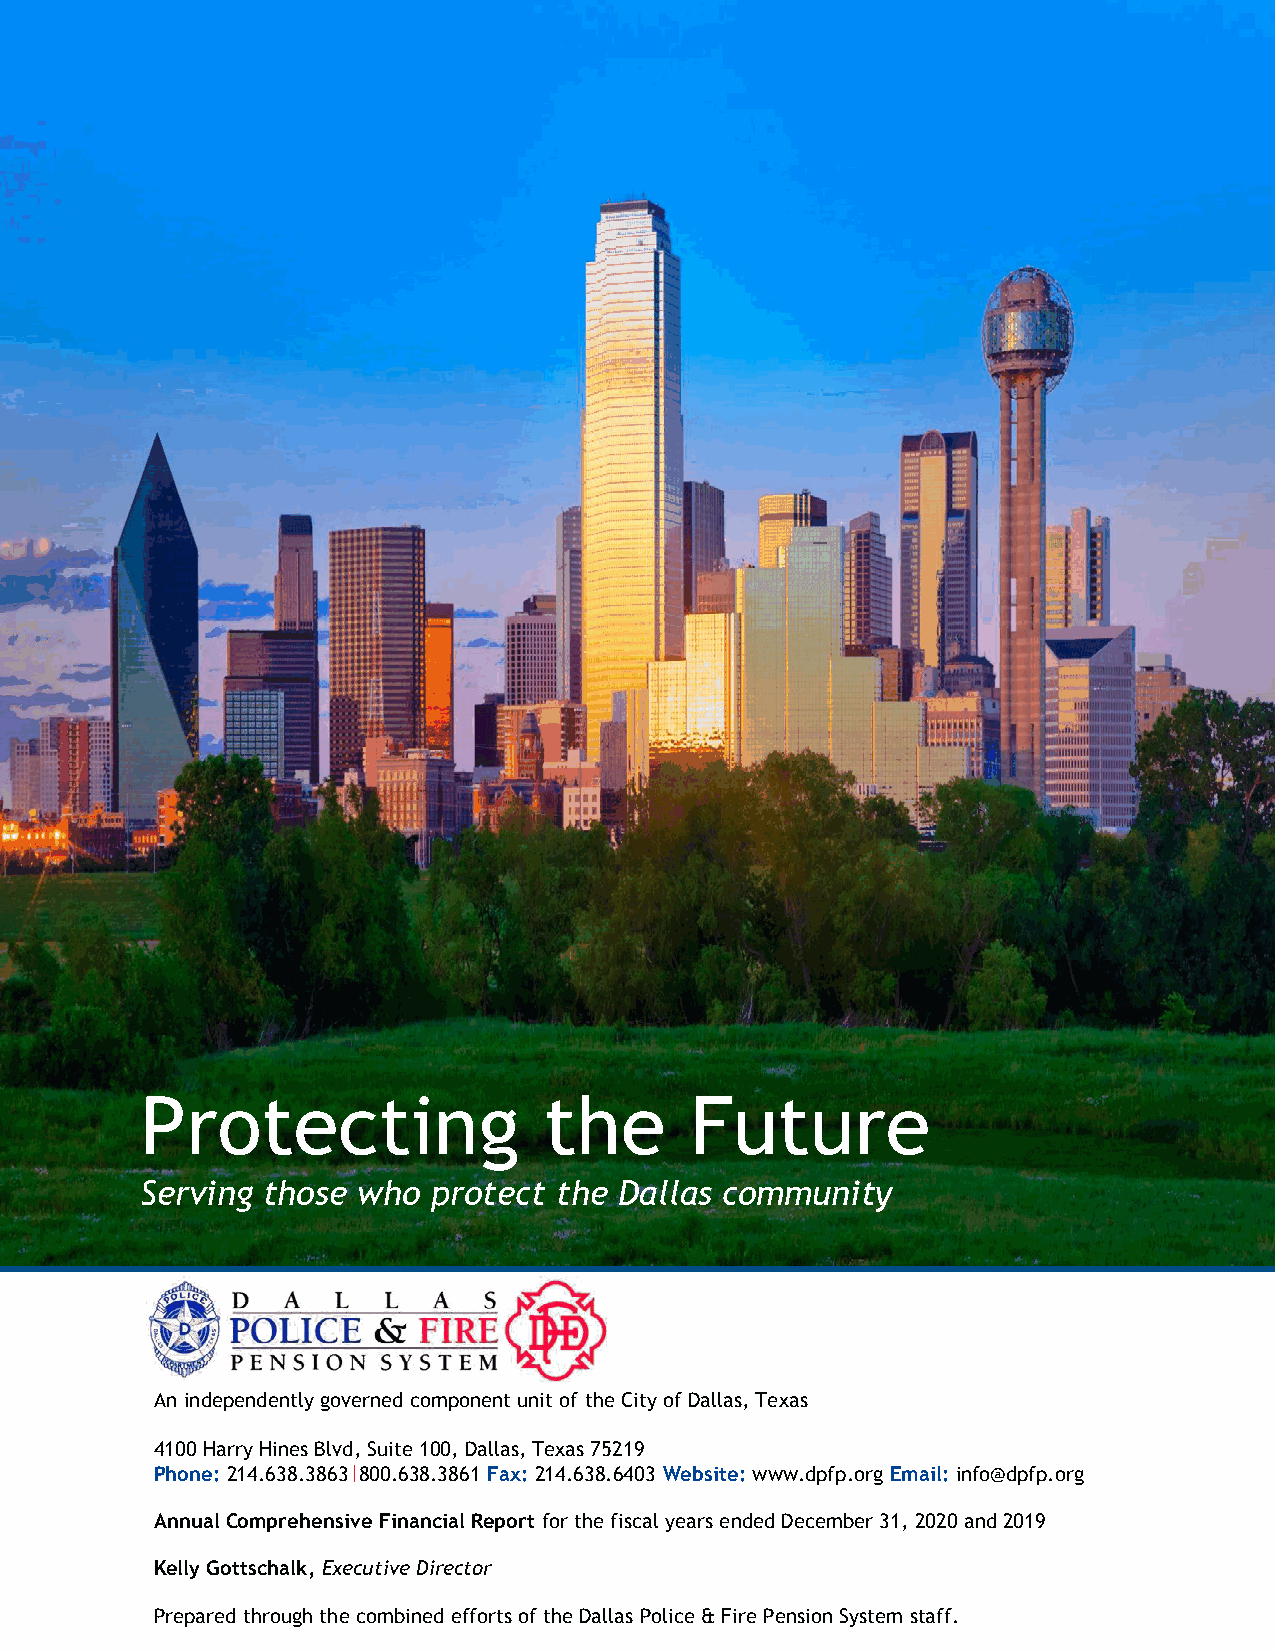
DALLAS POLICE & FIRE PENSION SYSTEM
 DALLAS POLICE & FIRE PENSION SYSTEM
 Protecting                 the       Future
 Serving those  who  protect the Dallas community
 An independently governed component unit of the City of Dallas, Texas
 4100 Harry Hines Blvd, Suite 100, Dallas, Texas 75219
 Phone: 214.638.3863|800.638.3861 Fax: 214.638.6403 Website: www.dpfp.org Email: info@dpfp.org
 Annual Comprehensive Financial Report for the fiscal years ended December 31, 2020 and 2019
 Kelly Gottschalk, Executive Director
 Prepared through the combined efforts of the Dallas Police & Fire Pension System staff.